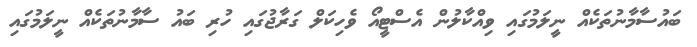
ބައުސާމާނުތަކެއް ނީލަމުގައި ވިއްކާލުން އެސްޓީއޯ ވެހިކަލް ގަރާޖުގައި ހުރި ބައު ސާމާނުތަކެއް ނީލަމުގައި